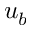
u _ { b }